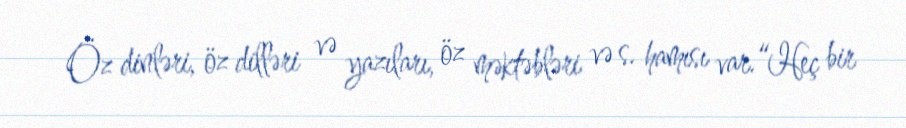
Öz dinləri, öz dilləri və yazıları, öz məktəbləri və s. hamısı var.“Heç bir